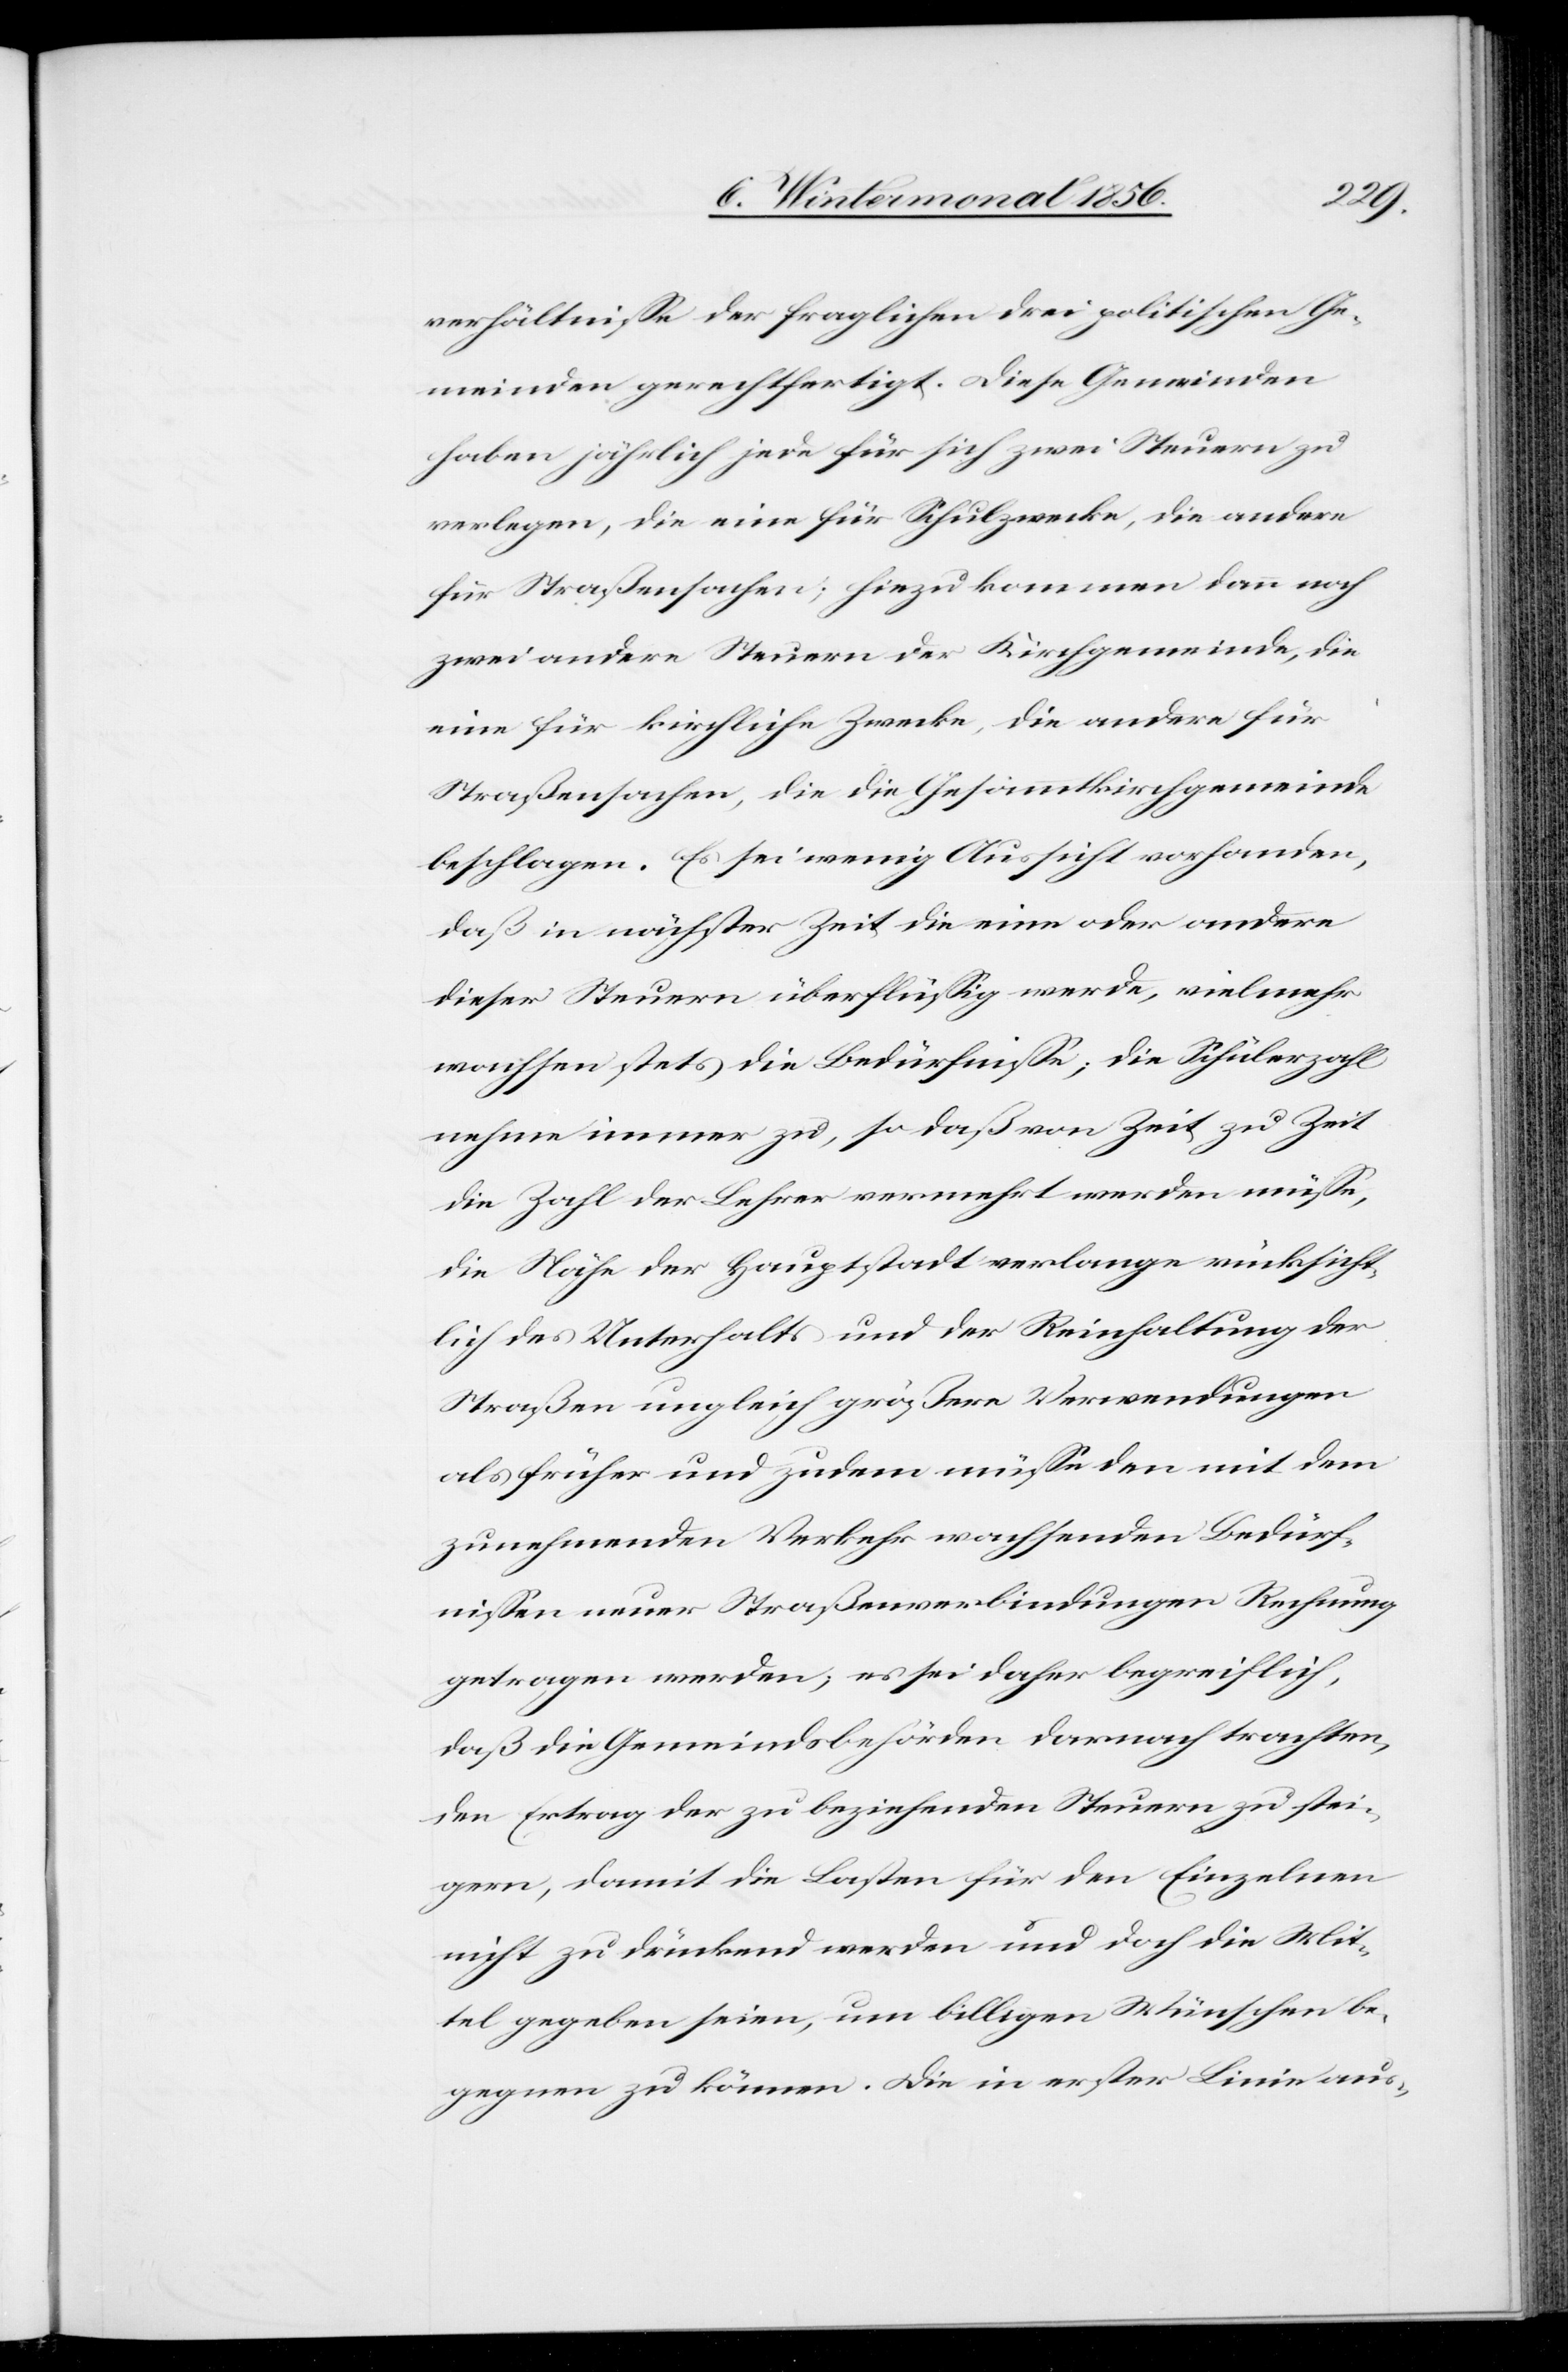
verhältnisse der fraglichen drei politischen Ge¬
meinden gerechtfertigt. Diese Gemeinden
haben jährlich jede für sich zwei Steuern zu
verlegen, die eine für Schulzwecke, die andere
für Straßensachen; hiezu kommen dann noch
zwei andere Steuern der Kirchgemeinde, die
eine für kirchliche Zwecke, die andere für
Straßensachen, die die Gesammtkirchgemeinde
beschlagen. Es sei wenig Aussicht vorhanden,
daß in nächster Zeit die eine oder andere
dieser Steuern überflüssig werde, vielmehr
wachsen stets die Bedürfnisse; die Schülerzahl
nehme immer zu, so daß von Zeit zu Zeit
die Zahl der Lehrer vermehrt werden müsse,
die Nähe der Hauptstadt verlange rücksicht¬
lich des Unterhalts und der Reinhaltung der
Straßen ungleich größere Verwendungen
als früher und zudem müsse den mit dem
zunehmenden Verkehr wachsenden Bedürf¬
nissen neuer Straßenverbindungen Rechnung
getragen werden; es sei daher begreiflich,
daß die Gemeindsbehörden darnach trachten,
den Ertrag der zu beziehenden Steuern zu stei¬
gern, damit die Lasten für den Einzelnen
nicht zu drückend werden und doch die Mit¬
tel gegeben seien, um billigen Wünschen be¬
gegnen zu können. Die in erster Linie aus-